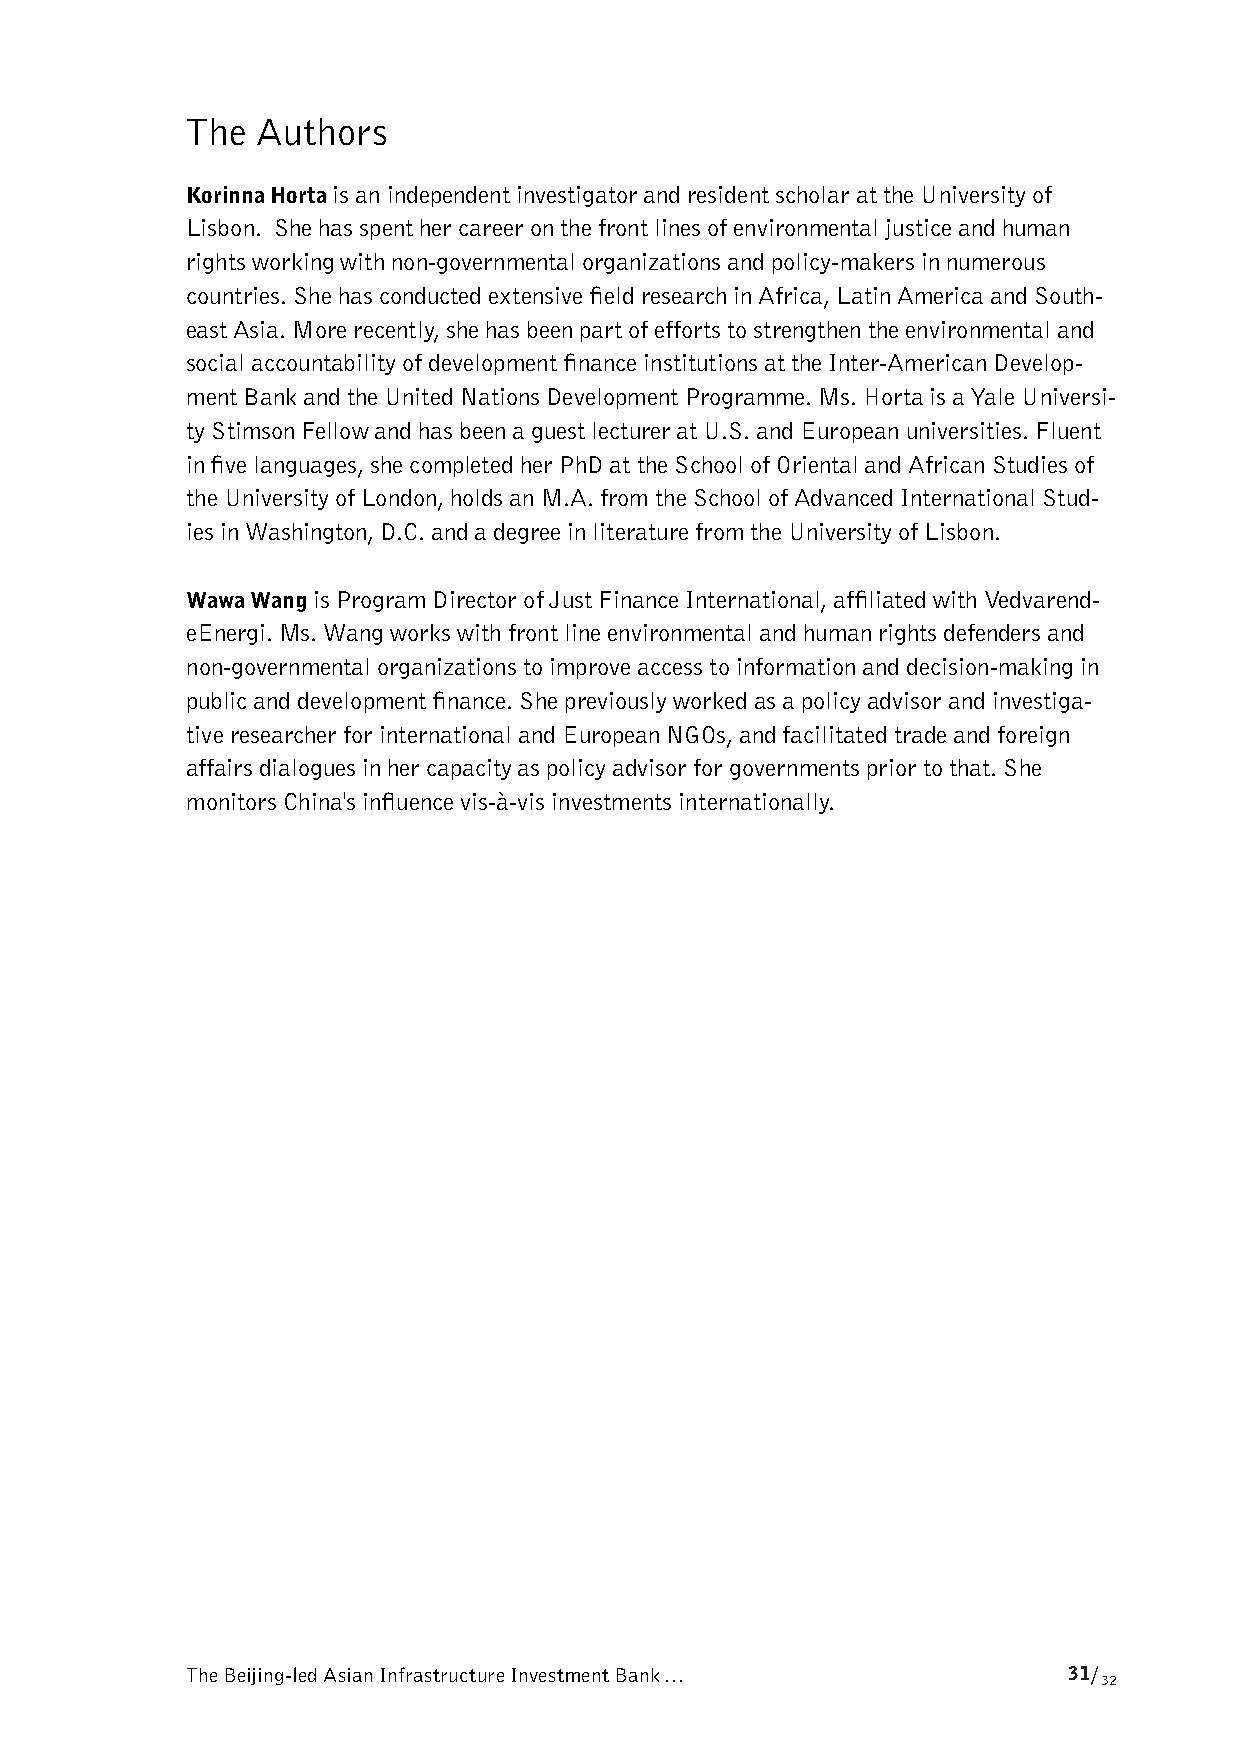
The  Authors
 Korinna Horta is an independent investigator and resident scholar at the University of
 Lisbon. She has spent her career on the front lines of environmental justice and human
 rights working with non-governmental organizations and policy-makers in numerous
 countries. She has conducted extensive field research in Africa, Latin America and South-
 east Asia. More recently, she has been part of efforts to strengthen the environmental and
 social accountability of development finance institutions at the Inter-American Develop-
 ment Bank and the United Nations Development Programme. Ms. Horta is a Yale Universi-
 ty Stimson Fellow and has been a guest lecturer at U.S. and European universities. Fluent
 in five languages, she completed her PhD at the School of Oriental and African Studies of
 the University of London, holds an M.A. from the School of Advanced International Stud-
 ies in Washington, D.C. and a degree in literature from the University of Lisbon.
 Wawa Wang is Program Director of Just Finance International, affiliated with Vedvarend-
 eEnergi. Ms. Wang works with front line environmental and human rights defenders and
 non-governmental organizations to improve access to information and decision-making in
 public and development finance. She previously worked as a policy advisor and investiga-
 tive researcher for international and European NGOs, and facilitated trade and foreign
 affairs dialogues in her capacity as policy advisor for governments prior to that. She
 monitors China's influence vis-à-vis investments internationally.
 The Beijing-led Asian Infrastructure Investment Bank …     31/
 32